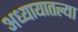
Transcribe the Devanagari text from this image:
अध्यायातल्या